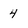
Character: 4